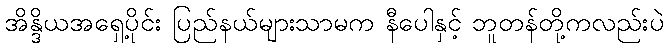
အိန္ဒိယအရှေ့ပိုင်း ပြည်နယ်များသာမက နီပေါနှင့် ဘူတန်တို့ကလည်းပဲ